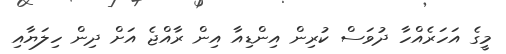
މީގެ އަހަރެއްހާ ދުވަސް ކުރިން އިންޑިއާ އިން ރާއްޖެ އަށް ދިން ހިލަޔާއި